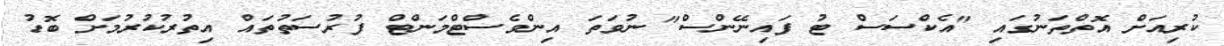
ކުރިއަށް އޮތްތަނުގައި "އެކްސަސް ޓު ފައިނޭންސް" ނުވަތަ އިންވެސްޓްމަންޓް ފުރުސަތުތައް އިތުރުކުރުމަށް ބޮޑު